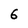
Character: 6